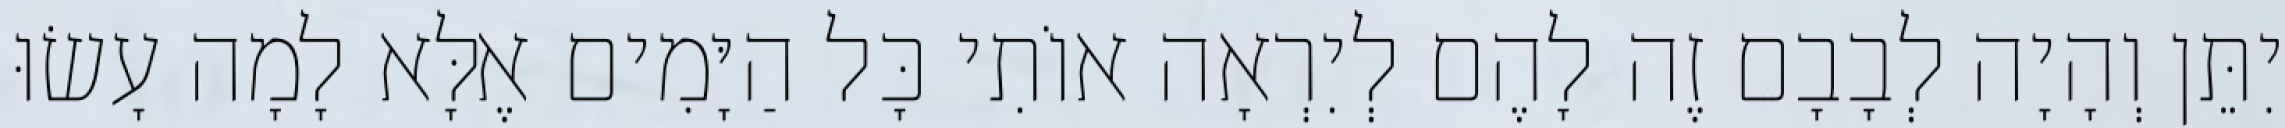
יִתֵּן וְהָיָה לְבָבָם זֶה לָהֶם לְיִרְאָה אוֹתִי כָּל הַיָּמִים אֶלָּא לָמָה עָשׂוּ